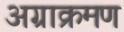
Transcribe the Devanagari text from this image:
अग्राक्रमण